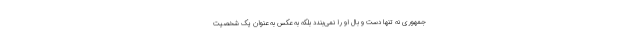
جمهوری نه تنها دست و بال او را نمی‌بندد بلکه به عکس به عنوان یک شخصیت